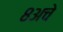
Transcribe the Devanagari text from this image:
८अचे